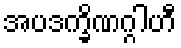
အပဒက္ခိဏဂ္ဂါဟီ